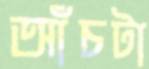
আঁচটা